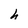
Character: h